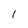
Character: I